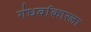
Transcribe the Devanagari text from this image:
गंधर्वाकारला